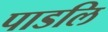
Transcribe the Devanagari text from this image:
पाडलि